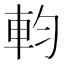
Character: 𨊷